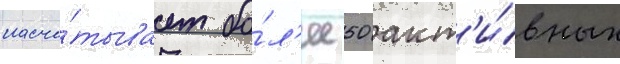
насчи́тывает бо́л'ее 50 акт'и́вных